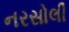
નરસોલી